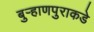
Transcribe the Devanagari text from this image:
बुऱ्हाणपुराकडे